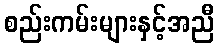
စည်းကမ်းများနှင့်အညီ